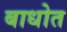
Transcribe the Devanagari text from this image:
बाधोत